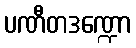
ပဏီတဒဏ္ဍော